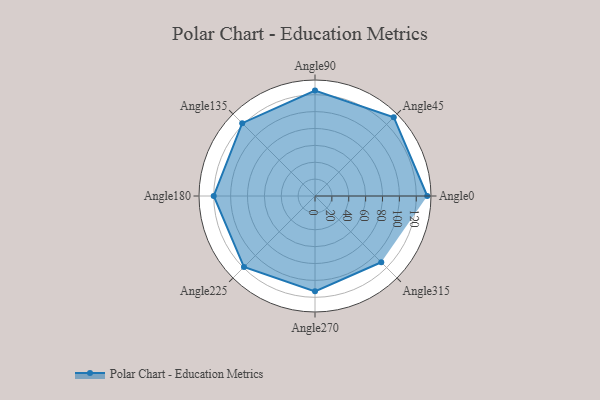
{"axis": {"x": "Angle", "y": "Radius"}, "legend": [""], "data": [{"x": "Angle0", "y": 133.0, "type": ""}, {"x": "Angle45", "y": 132.0, "type": ""}, {"x": "Angle90", "y": 125.0, "type": ""}, {"x": "Angle135", "y": 122.0, "type": ""}, {"x": "Angle180", "y": 120.0, "type": ""}, {"x": "Angle225", "y": 119.0, "type": ""}, {"x": "Angle270", "y": 113.0, "type": ""}, {"x": "Angle315", "y": 111.0, "type": ""}]}